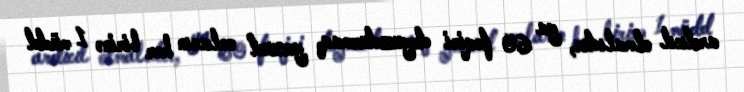
ardıcıl olmalıdır, ya 60 fəqiri doyuzdurmaq, yaxud onların hər birinə 1 müdd